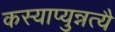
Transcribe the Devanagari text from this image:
कस्याप्युन्नत्यै